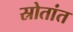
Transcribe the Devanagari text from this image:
स्रोतांत